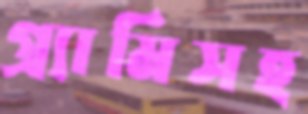
গ্র্যামিসহ